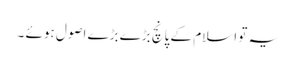
یہ تو اسلام کے پانچ بڑے بڑے اصول ہوئے ۔